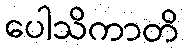
ပေါသိကာတိ